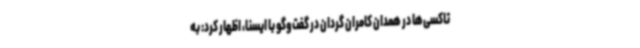
تاکسی‌ها در همدان کامران گردان در گفت‌و‌گو با ایسنا، اظهار کرد: به